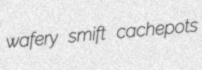
wafery smift cachepots